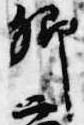
卿